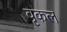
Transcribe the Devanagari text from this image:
वृकल